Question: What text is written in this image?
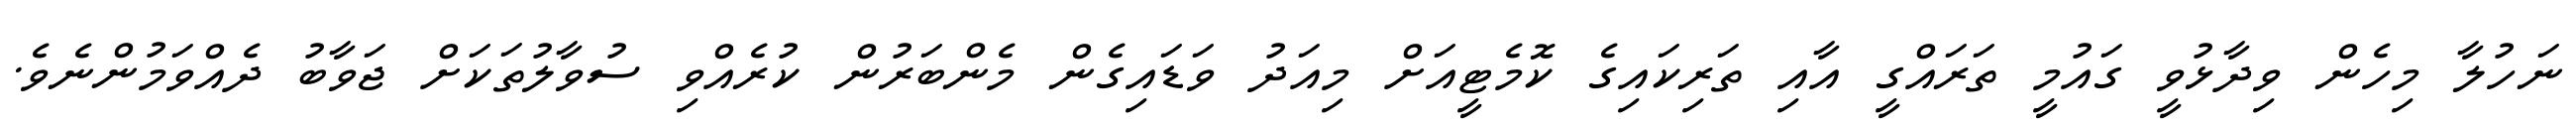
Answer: ނަހުލާ މިހެން ވިދާޅުވީ ގައުމީ ތަރައްގީ އާއި ތަރިކައިގެ ކޮމެޓީއަށް މިއަދު ވަޑައިގެން މެންބަރުން ކުރެއްވި ސުވާލުތަކަށް ޖަވާބު ދެއްވަމުންނެވެ.